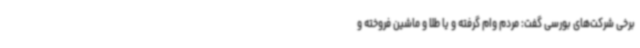
برخی شرکت‌های بورسی گفت: مردم وام گرفته و یا طلا و ماشین فروخته و